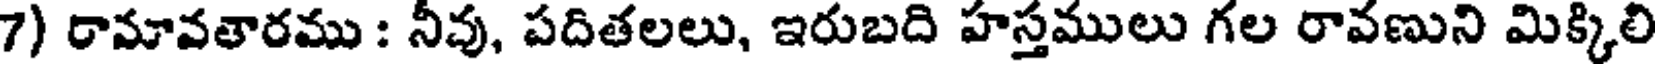
7) రామావతారము : నీవు, పదితలలు, ఇరుబది హస్తములు గల రావణుని మిక్కిలి